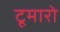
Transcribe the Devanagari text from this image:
टूमारो